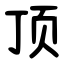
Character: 顶